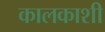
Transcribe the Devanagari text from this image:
कालकाशी